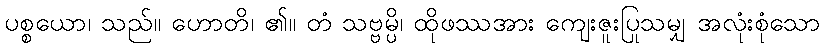
ပစ္စယော၊ သည်။ ဟောတိ၊ ၏။ တံ သဗ္ဗမ္ပိ၊ ထိုဖဿအား ကျေးဇူးပြုသမျှ အလုံးစုံသော